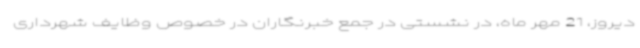
دیروز، 21 مهر ماه، در نشستی در جمع خبرنگاران در خصوص وظایف شهرداری